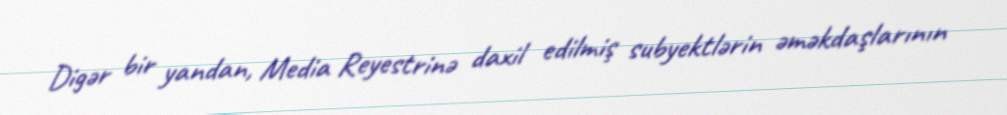
Digər bir yandan, Media Reyestrinə daxil edilmiş subyektlərin əməkdaşlarının